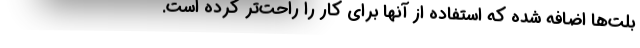
بلت‌ها اضافه شده که استفاده از آنها برای کار را راحت‌تر کرده است.